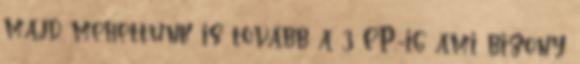
majd mehettünk is tovább a 3 EP.-ig ami bizony